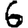
Digit: 6